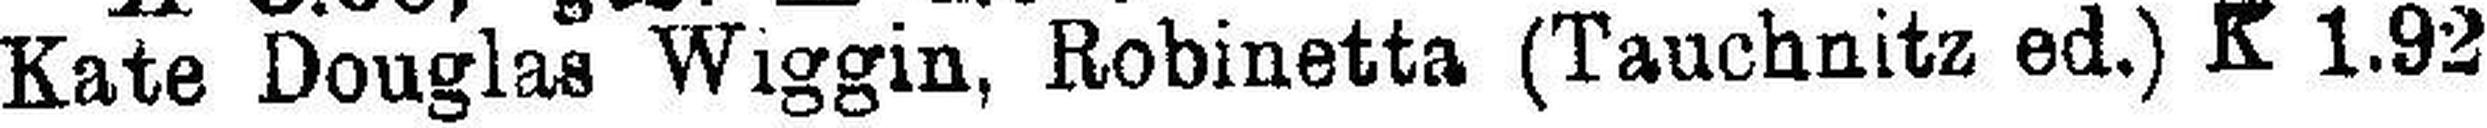
Kate Douglas Wiggin, Robinetta (Tauchnitz ed.) K 1.92